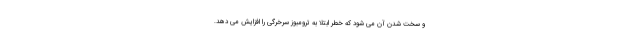
و سخت شدن آن می شود که خطر ابتلا به ترومبوز سرخرگی را افزایش می دهد.